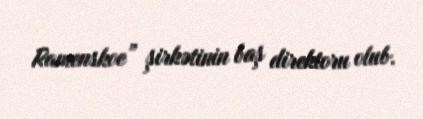
Ramenskoe” şirkətinin baş direktoru olub.